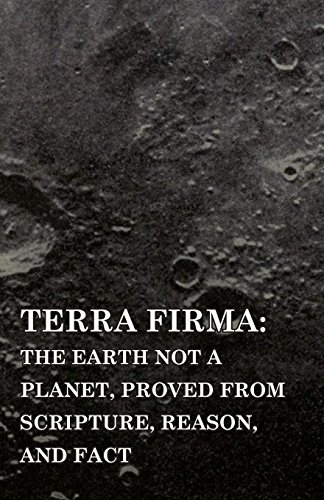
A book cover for Terra Firma: the Earth Not a Planet, Proved from Scripture, Reason, and Fact; David Wardlaw Scott; Politics & Social Sciences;